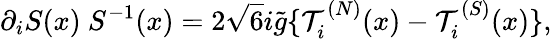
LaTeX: \partial_{i}S(x)\ S^{-1}(x)=2\sqrt{6}i\tilde{g}\{ {\cal T}_{i}^{(N)}(x)-{\cal T}_{i}^{(S)}(x)\} ,